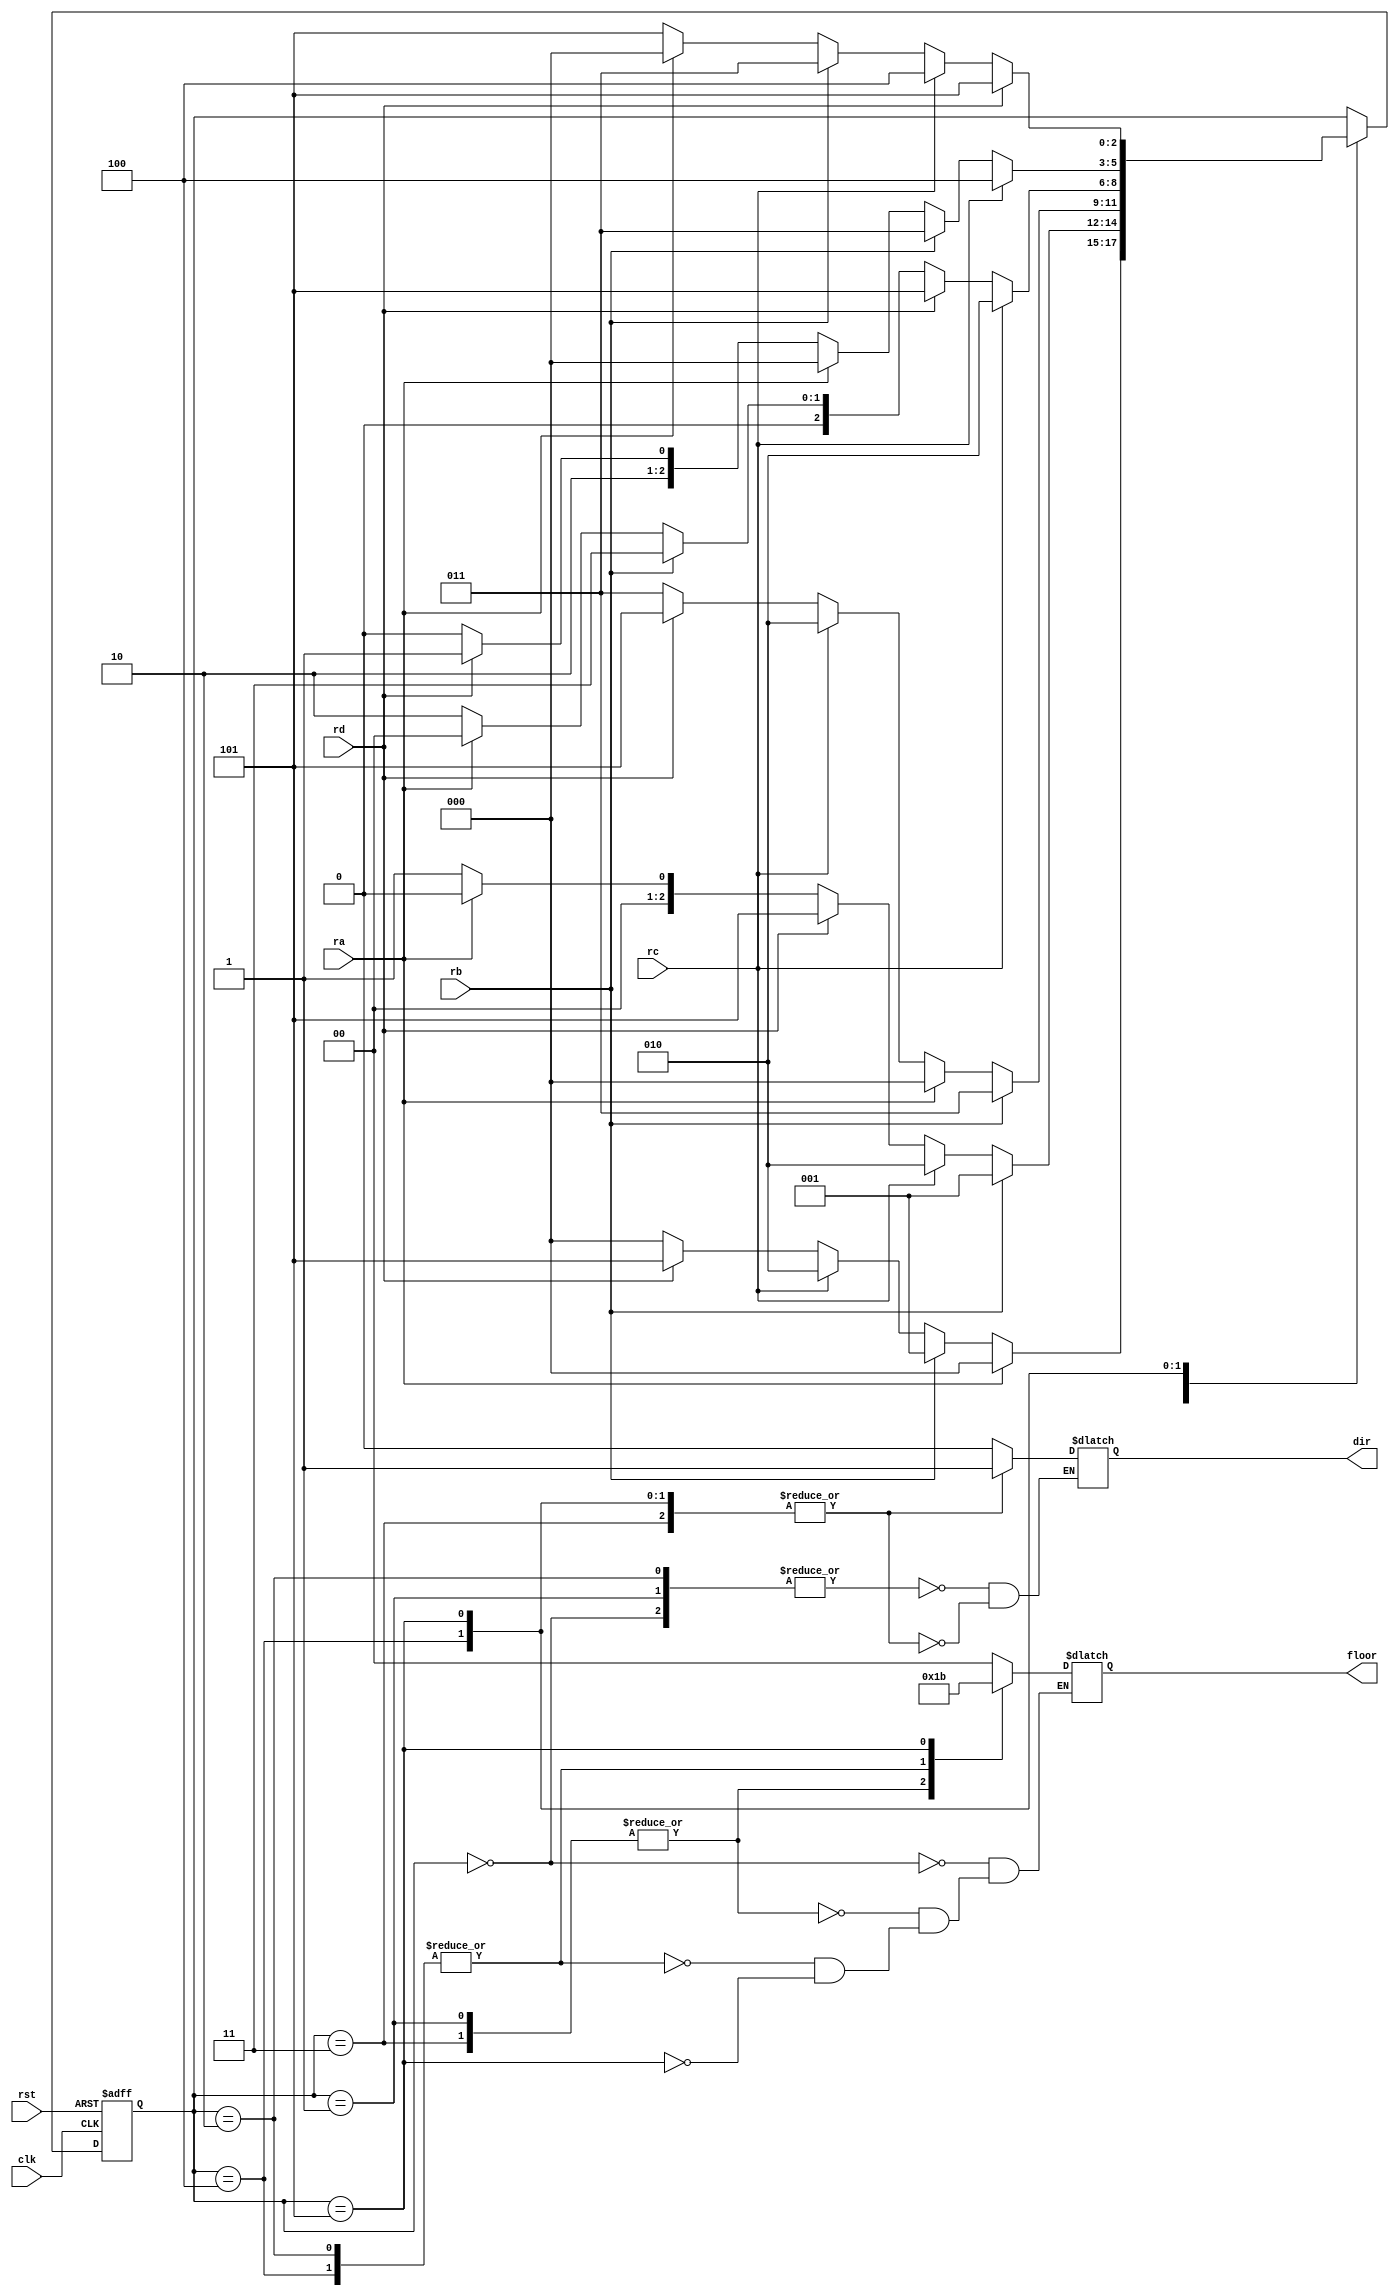
module janakiram_elevator (clk,rst,ra,rb,rc,rd,floor,dir);
	input clk,rst,ra,rb,rc,rd;
	output reg [1:0] floor;
	output reg dir;
	//reg [1:0] floor;
	reg[2:0] state;

	parameter AU=0,BU=1,CU=2,BD=3,CD=4,DD=5;
	parameter UP=0,DOWN=1;


	always @ (posedge clk or posedge rst)
	begin
		if(rst) state<=AU;
		else
		case(state)
			AU: case(1)
				ra: state<=AU;
				rb: state<=BU;
				rc: state<=CU;
				rd: state<=DD;
				default : state<=AU;
				endcase
			BU: case(1)
				rb: state<=BU;
				rc: state<=CU;
				rd: state<=DD;
				ra: state<=AU;
				default : state<=BU;
				endcase
			BD:case(1)
				rb: state<=BD;
				ra: state<=AU;
				rc: state<=CU;
				rd: state<=DD;
				default : state<=BD;
				endcase
			CU: case(1)
				rc: state<=CU;
				rd: state<=DD;
				rb: state<=BD;
				ra: state<=AU;
				default : state<=CU;
				endcase
			CD:case(1)
				rc: state<=CD;
				rb: state<=BD;
				ra: state<=AU;
				rd: state<=DD;
				default : state<=CD;
				endcase
			DD: case(1)
				rd: state<=DD;
				rc: state<=CD;
				rb: state<=BD;
				ra: state<=AU;
				default : state<=DD;
				endcase
				
		endcase
	end


	always @ (*)
	begin
	   case (state)
	    AU   : floor=0;
		BU,BD: floor=1;
		CU,CD: floor=2;
		DD   : floor=3;
	   endcase
	end

	always @ (state)
	begin
		case(state)
		AU,BU,CU:dir=UP;
		BD,CD,DD:dir=DOWN;
		endcase
	end
endmodule